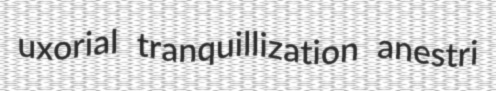
uxorial tranquillization anestri